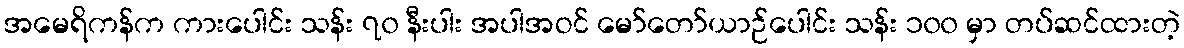
အမေရိကန်က ကားပေါင်း သန်း ၇၀ နီးပါး အပါအဝင် မော်တော်ယာဉ်ပေါင်း သန်း ၁၀၀ မှာ တပ်ဆင်ထားတဲ့